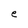
Character: e